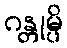
ဂန္တုမ္ပိ